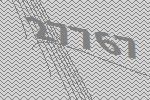
27767